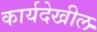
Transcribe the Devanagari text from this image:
कार्यदेखील